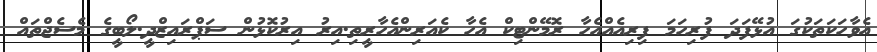
އެވާހަކަތަކުގަ އުޅޭފަދަ ފުރިހަމަ ފިރިއެއްއެހާ ރޮމޭންޓިކް އެހާ ކެއަރިންއެހާރީތި.އިރު އިރުކޮޅުން ސަޕްރައިޒްދީ.ލޯބީގެ މެސެޖްތައް